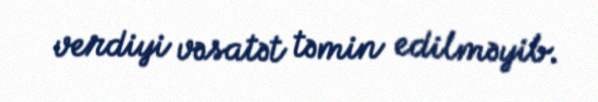
verdiyi vəsatət təmin edilməyib.